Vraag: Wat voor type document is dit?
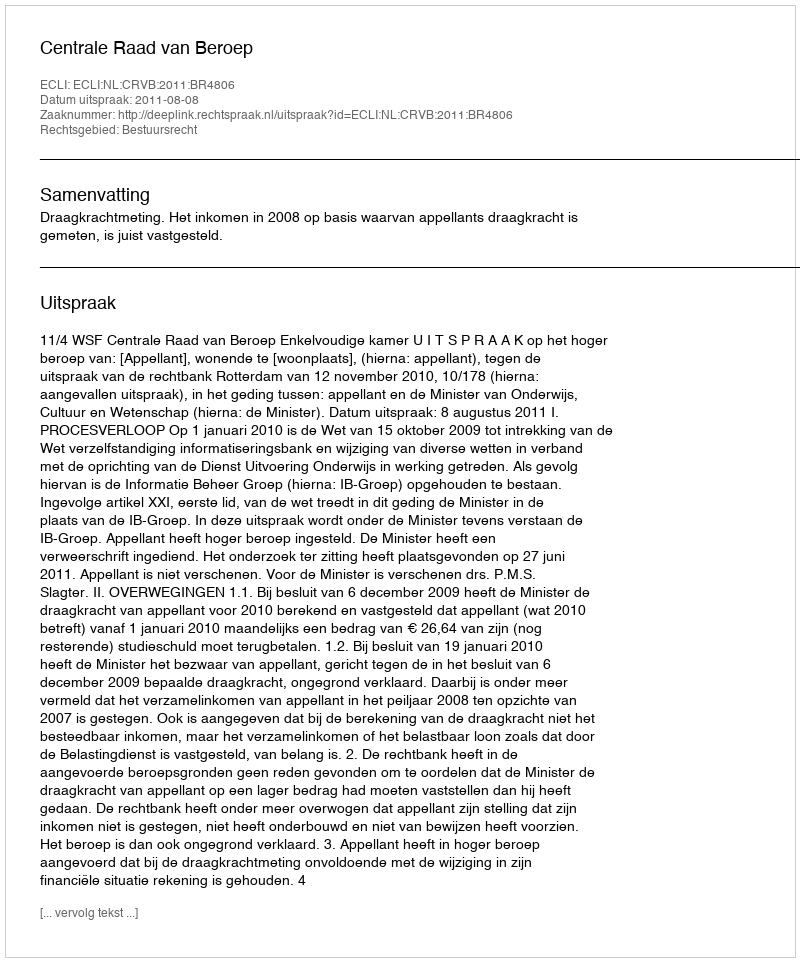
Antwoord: Uitspraak